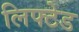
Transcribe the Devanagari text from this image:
लिफ्टेड